Saaremaa_Toiduainetetoostuse_Kombinaat, lk 2
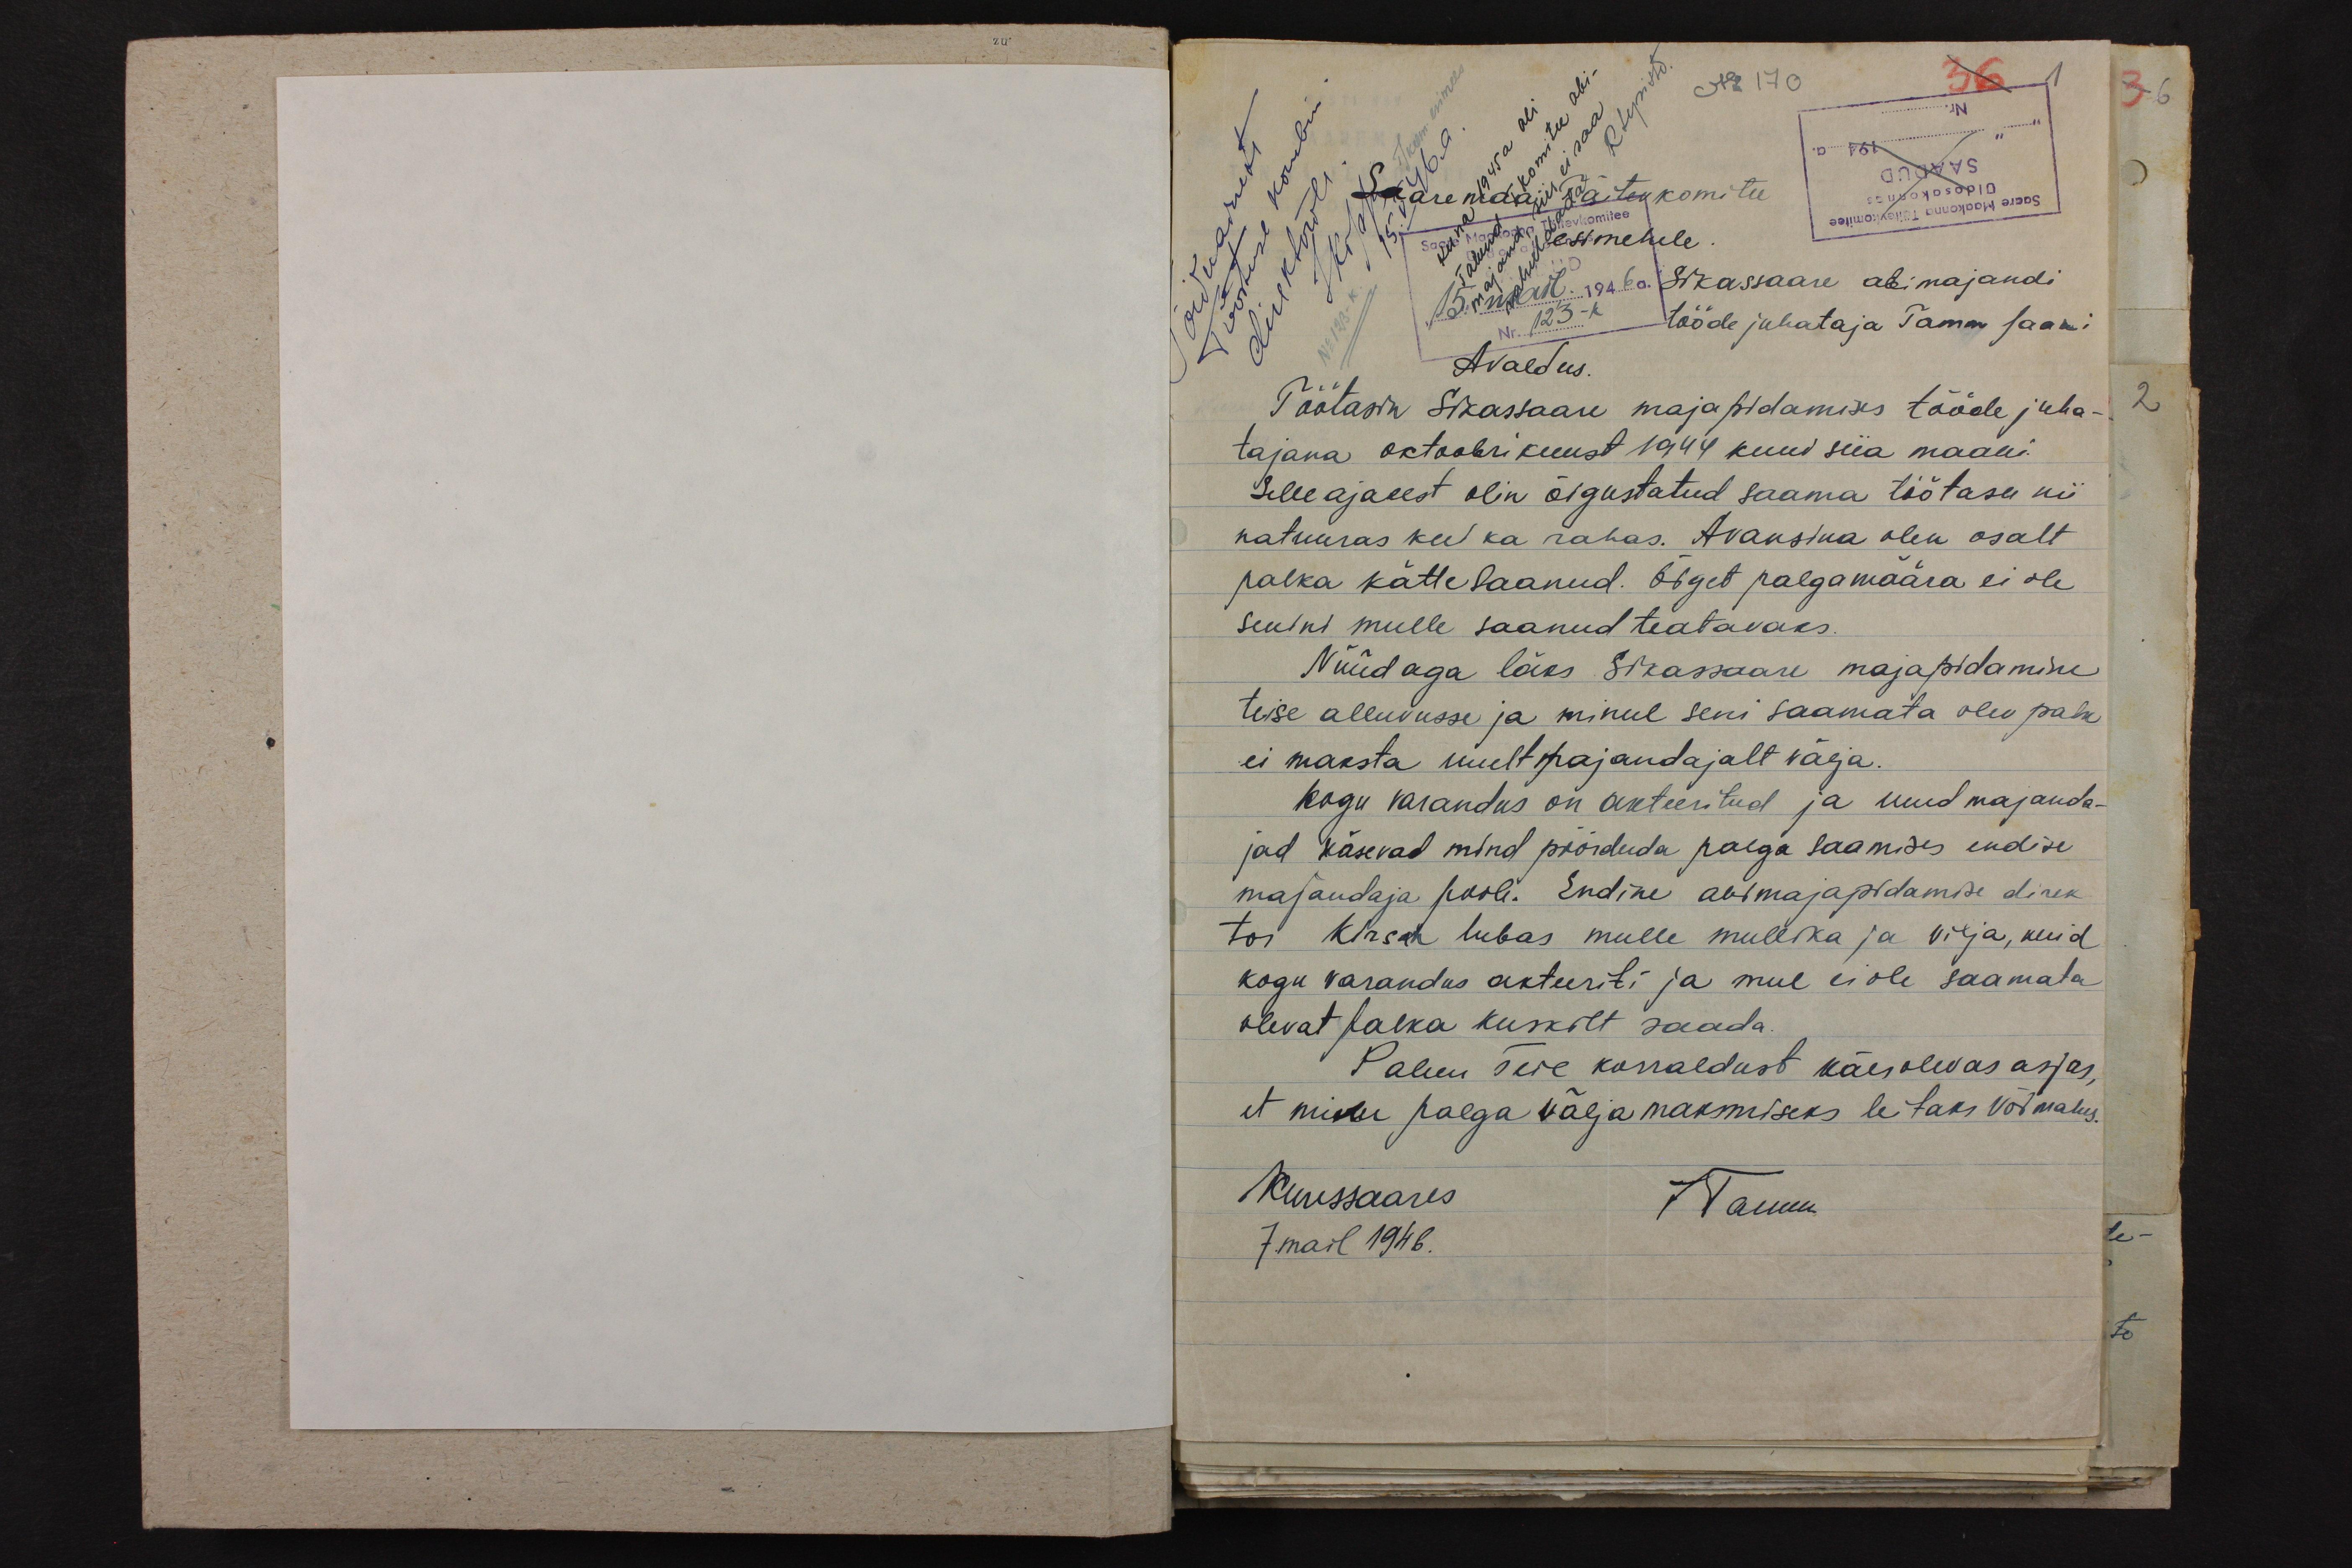
36
No 170
Saaremaa Täitevkomitee
esimehele
Sikassaare abimajandi
tööde juhataja Tamm Jaani
Avaldus.
Töötasin Sikassaare majapidamises tööde juha-
tajana oktoobrikuust 1944 kuni siia maani.
Selle aja eest olin õigustatud saama töötasu nii
natuuras kui ka rahas. Avansina olen osalt
palka kätte saanud. Õiget palgamäära ei ole
senini mulle saanud teatavaks.
Nüüd aga läks Sikassaare majapidamine
teise alluvusse ja minul seni saamata olev palk
ei maksta uuelt majandajalt välja.
kogu varandus on akteeritud ja uued majanda-
jad käsevad mind pöörduda palga saamises endise
majandaja poole. Endine abimajapidamise direk
tor Kirsch lubas mulle mullika ja vilja, kuid
kogu varandus akteeriti ja mul ei ole saamata
olevat palka kuskilt saada.
Palun Teie korraldust käesolevas asjas,
et minu palga välja maksmiseks leitaks võimalus.
Kuressaares
JTamm.
7. mail 1946.